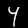
Digit: 4